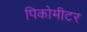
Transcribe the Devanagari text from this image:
पिकोमीटर